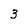
Character: 3